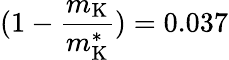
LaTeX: (1-\frac{m_{\mathrm{K}}}{m_{\mathrm{K}}^{*}})=0.037